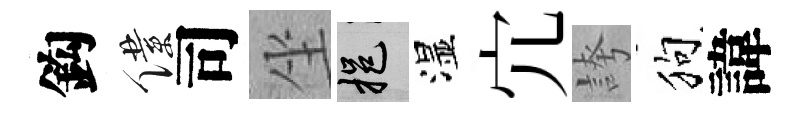
鈎僕司坐挹湿宂誇狗諱